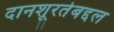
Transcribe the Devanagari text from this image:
दानशूरतेबद्दल